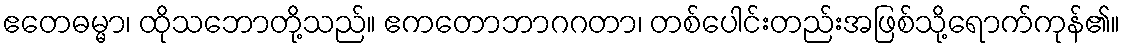
ဧတေဓမ္မာ၊ ထိုသဘောတို့သည်။ ဧကတောဘာဂဂတာ၊ တစ်ပေါင်းတည်းအဖြစ်သို့ရောက်ကုန်၏။